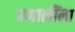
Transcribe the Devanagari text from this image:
प्रणालींना